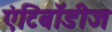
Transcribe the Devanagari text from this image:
एंटिबॉडीज